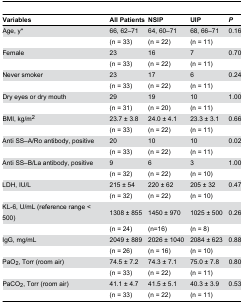
<table><thead><tr><td><b>Variables</b></td><td><b>All Patients</b></td><td><b>NSIP</b></td><td><b>UIP</b></td><td><b><i>P</i></b></td></tr></thead><tbody><tr><td>Age, y*</td><td>66, 62–71</td><td>64, 60–71</td><td>68, 66–71</td><td>0.16</td></tr><tr><td></td><td>(n = 33)</td><td>(n = 22)</td><td>(n = 11)</td><td></td></tr><tr><td>Female</td><td>23</td><td>16</td><td>7</td><td>0.70</td></tr><tr><td></td><td>(n = 33)</td><td>(n = 22)</td><td>(n = 11)</td><td></td></tr><tr><td>Never smoker</td><td>23</td><td>17</td><td>6</td><td>0.24</td></tr><tr><td></td><td>(n = 33)</td><td>(n = 22)</td><td>(n = 11)</td><td></td></tr><tr><td>Dry eyes or dry mouth</td><td>29</td><td>19</td><td>10</td><td>1.00</td></tr><tr><td></td><td>(n = 31)</td><td>(n = 20)</td><td>(n = 11)</td><td></td></tr><tr><td>BMI, kg/m<sup>2</sup></td><td>23.7 ± 3.8</td><td>24.0 ± 4.1</td><td>23.3 ± 3.1</td><td>0.66</td></tr><tr><td></td><td>(n = 33)</td><td>(n = 22)</td><td>(n = 11)</td><td></td></tr><tr><td>Anti SS–A/Ro antibody, positive</td><td>20</td><td>10</td><td>10</td><td>0.02</td></tr><tr><td></td><td>(n = 33)</td><td>(n = 22)</td><td>(n = 11)</td><td></td></tr><tr><td>Anti SS–B/La antibody, positive</td><td>9</td><td>6</td><td>3</td><td>1.00</td></tr><tr><td></td><td>(n = 32)</td><td>(n = 22)</td><td>(n = 10)</td><td></td></tr><tr><td>LDH, IU/L</td><td>215 ± 54</td><td>220 ± 62</td><td>205 ± 32</td><td>0.47</td></tr><tr><td></td><td>(n = 32)</td><td>(n = 22)</td><td>(n = 10)</td><td></td></tr><tr><td>KL-6, U/mL (reference range &lt; 500)</td><td>1308 ± 855</td><td>1450 ± 970</td><td>1025 ± 500</td><td>0.26</td></tr><tr><td></td><td>(n = 24)</td><td>(n=16)</td><td>(n = 8)</td><td></td></tr><tr><td>IgG, mg/mL</td><td>2049 ± 889</td><td>2026 ± 1040</td><td>2084 ± 623</td><td>0.88</td></tr><tr><td></td><td>(n = 26)</td><td>(n = 16)</td><td>(n = 10)</td><td></td></tr><tr><td>PaO<sub>2</sub>, Torr (room air)</td><td>74.5 ± 7.2</td><td>74.3 ± 7.1</td><td>75.0 ± 7.8</td><td>0.80</td></tr><tr><td></td><td>(n = 33)</td><td>(n = 22)</td><td>(n = 11)</td><td></td></tr><tr><td>PaCO<sub>2</sub>, Torr (room air)</td><td>41.1 ± 4.7</td><td>41.5 ± 5.1</td><td>40.3 ± 3.9</td><td>0.53</td></tr><tr><td></td><td>(n = 33)</td><td>(n = 22)</td><td>(n = 11)</td><td></td></tr></tbody></table>